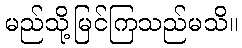
မည်သို့မြင်ကြသည်မသိ။